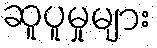
ဆူပူမှုများ